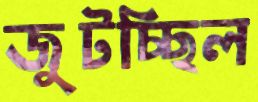
জুটচ্ছিল